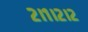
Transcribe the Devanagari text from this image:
२।१।२।२